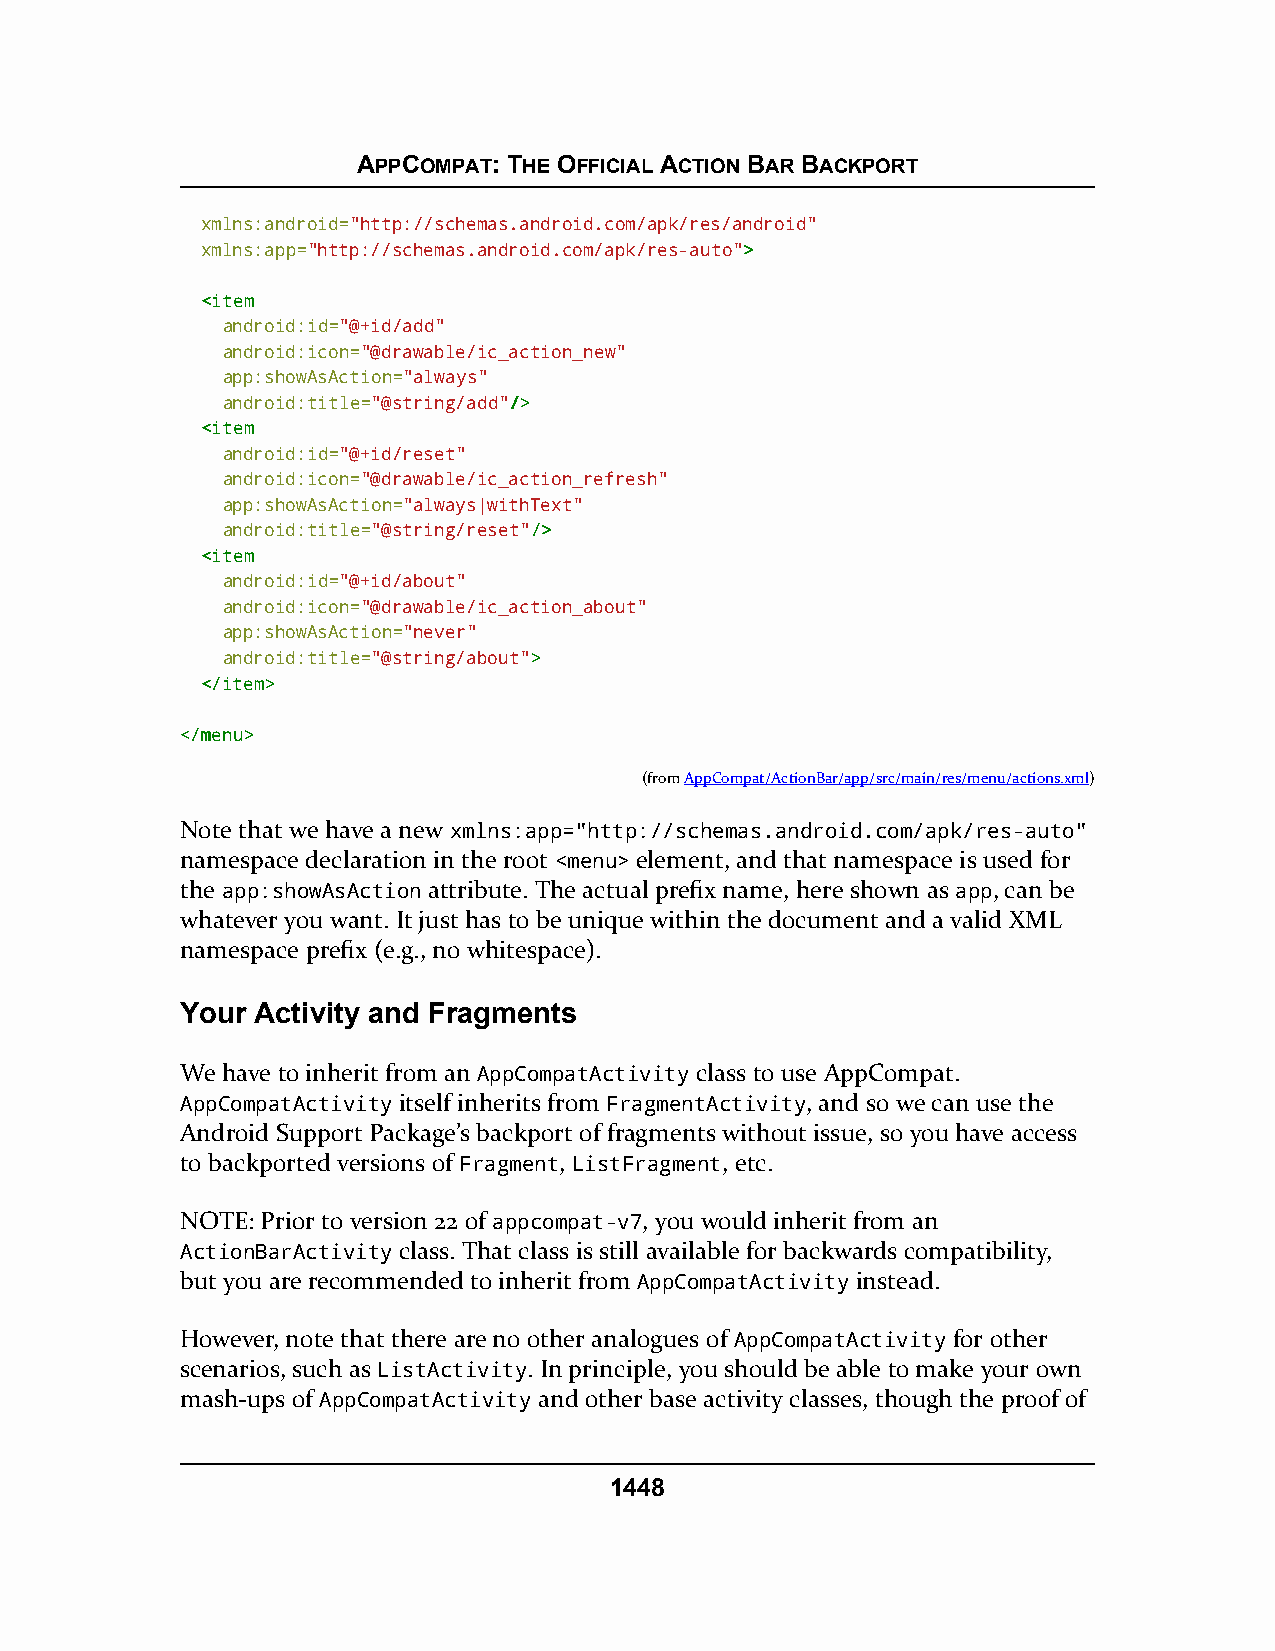
APPCOMPAT: THE OFFICIAL ACTION BAR BACKPORT
 xmlns:android="http://schemas.android.com/apk/res/android"
 xmlns:app="http://schemas.android.com/apk/res-auto">>
 <<iitteemm
 android:id="@+id/add"
 android:icon="@drawable/ic_action_new"
 app:showAsAction="always"
 android:title="@string/add"//>>
 <<iitteemm
 android:id="@+id/reset"
 android:icon="@drawable/ic_action_refresh"
 app:showAsAction="always|withText"
 android:title="@string/reset"//>>
 <<iitteemm
 android:id="@+id/about"
 android:icon="@drawable/ic_action_about"
 app:showAsAction="never"
 android:title="@string/about">>
 <<//iitteemm>>
 <<//mmeennuu>>
 (fromAppCompat/ActionBar/app/src/main/res/menu/actions.xml)
 Note that we have a new xmlns:app="http://schemas.android.com/apk/res-auto"
 namespace declaration in the root <menu> element, and that namespace is used for
 the app:showAsAction attribute. The actual prefix name, here shown as app, can be
 whatever you want. It just has to be unique within the document and a valid XML
 namespace prefix (e.g., no whitespace).
 Your Activity and Fragments
 We have to inherit from an AppCompatActivity class to use AppCompat.
 AppCompatActivity itself inherits from FragmentActivity, and so we can use the
 Android Support Package’s backport of fragments without issue, so you have access
 to backported versions of Fragment, ListFragment, etc.
 NOTE: Prior to version 22 of appcompat-v7, you would inherit from an
 ActionBarActivity class. That class is still available for backwards compatibility,
 but you are recommended to inherit from AppCompatActivity instead.
 However, note that there are no other analogues of AppCompatActivity for other
 scenarios, such as ListActivity. In principle, you should be able to make your own
 mash-ups of AppCompatActivity and other base activity classes, though the proof of
 1448